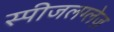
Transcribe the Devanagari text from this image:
स्पीजलग्लेज़